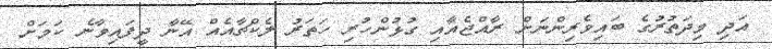
އަދި މިދަތުރުގެ ބައިވެރިންނަށް ރާއްޖެއާއި ގުޅުންހުރި ހަތަރު ލެކްޗާއެއް އޭނާ ދީފައިވާނެ ކަމަށް